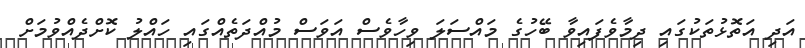
އަދި އަތޮޅުތަކުގައި ދިމާވެފައިވާ ބޭހުގެ މައްސަލަ ވިހާވެސް އަވަސް މުއްދަތެއްގައި ހައްލު ކޮށްދެއްވުމަށް